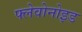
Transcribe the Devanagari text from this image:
फ्लेवोनोइड